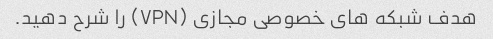
هدف شبکه های خصوصی مجازی (VPN) را شرح دهید.